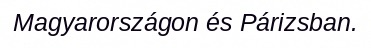
Magyarországon és Párizsban.